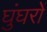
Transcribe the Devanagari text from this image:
घुंघरों